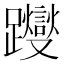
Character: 躞